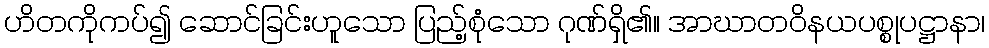
ဟိတကိုကပ်၍ ဆောင်ခြင်းဟူသော ပြည့်စုံသော ဂုဏ်ရှိ၏။ အာဃာတဝိနယပစ္စုပဋ္ဌာနာ၊